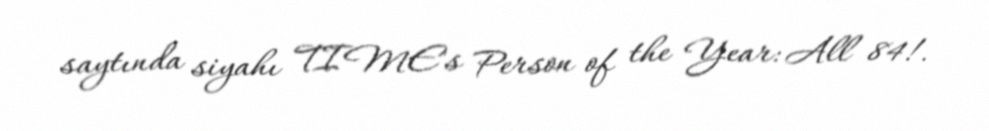
saytında siyahı TIME's Person of the Year: All 84!.